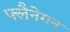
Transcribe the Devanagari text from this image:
फ्लैनेगन